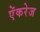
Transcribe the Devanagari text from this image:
ऐंकरेज